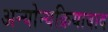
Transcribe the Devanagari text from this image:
अन्योन्यक्रियावाद